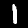
Label: 1